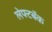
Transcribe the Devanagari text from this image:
लेफ्टबॅक